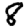
Digit: 8